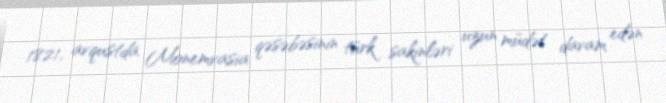
1821, avqustda Monemvasia qəsəbəsinin türk sakinləri uzun müdət davam edən